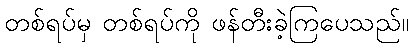
တစ်ရပ်မှ တစ်ရပ်ကို ဖန်တီးခဲ့ကြပေသည်။